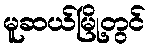
မူဆယ်မြို့တွင်